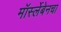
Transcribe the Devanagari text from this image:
मॉर्स्लेबेनचा